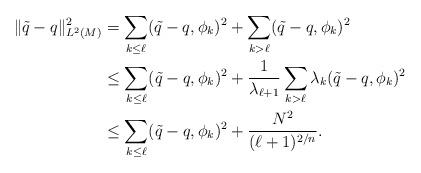
LaTeX: \begin{align*}\|\tilde{q}-q\|_{L^2(M)}^2 &=\sum_{k\le \ell }(\tilde{q}-q,\phi _k)^2+\sum_{k>\ell}(\tilde{q}-q,\phi _k)^2\\&\le \sum_{k\le \ell}(\tilde{q}-q,\phi _k)^2 +\frac{1}{\lambda _{\ell+1}}\sum_{k>\ell}\lambda _k(\tilde{q}-q,\phi _k)^2\\&\le \sum_{k\le \ell}(\tilde{q}-q,\phi _k)^2 +\frac{N^2}{(\ell+1)^{2/n}}.\end{align*}